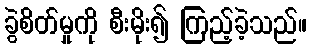
ခွဲစိတ်မှုကို စီးမိုး၍ ကြည့်ခဲ့သည်။